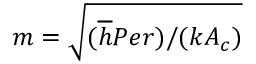
m = \sqrt { ( \overline { { h } } P e r ) / ( k A _ { c } ) }